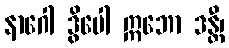
နာဂေါ ဒွိပေါ ဣဘော ဒန္တီ၊